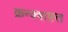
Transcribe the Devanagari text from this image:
क्रन्क्शफ़्त